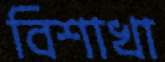
বিশাখা